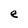
Character: e